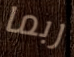
ربما